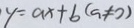
\cdot y = a x + b ( a \neq 0 )